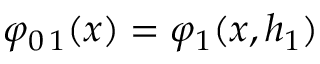
\varphi _ { 0 \, 1 } ( x ) = \varphi _ { 1 } ( x , h _ { 1 } )